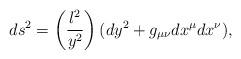
LaTeX: \begin{align*}ds^2= \left(\frac{l^2}{y^2} \right)(dy^2+g_{\mu \nu} dx^{\mu} dx^{\nu}),\end{align*}